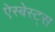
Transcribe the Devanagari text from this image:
ऐस्बेस्ट्स